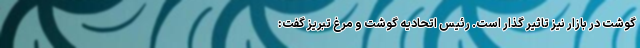
گوشت در بازار نیز تاثیر گذار است. رئیس اتحادیه گوشت و مرغ تبریز گفت: